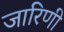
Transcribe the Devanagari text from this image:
जारिणी